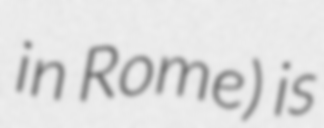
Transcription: in Rome) is